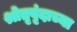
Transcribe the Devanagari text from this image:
श्रोतृवृंदाच्या